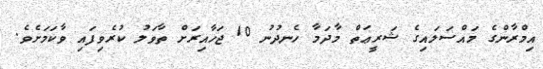
އިމްރާންގެ މައްސަލައިގެ ޝަރީޢަތް މާދަމާ ހެނދުނު 10 ޖަހާއިރަށް ތާވަލު ކުރެވިފައި ވާކަމަށެވެ.